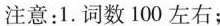
注意：1.词数100左右；